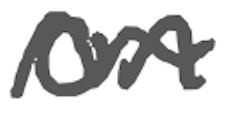
Text: on
Cross-out: wave
Writing tool: digital_gray